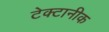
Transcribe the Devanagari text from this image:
टेक्टानीक